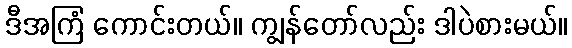
ဒီအကြံ ကောင်းတယ်။ ကျွန်တော်လည်း ဒါပဲစားမယ်။